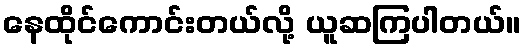
နေထိုင်ကောင်းတယ်လို့ ယူဆကြပါတယ်။